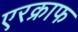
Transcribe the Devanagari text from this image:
एरक्राफ